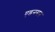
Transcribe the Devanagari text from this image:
एडनसन